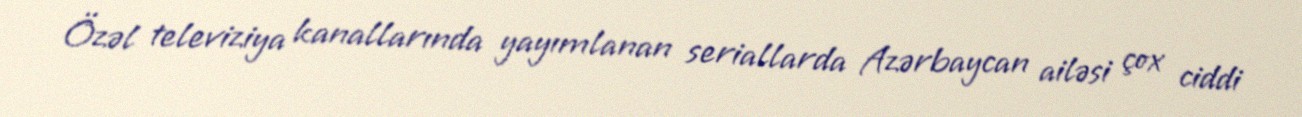
Özəl televiziya kanallarında yayımlanan seriallarda Azərbaycan ailəsi çox ciddi